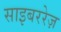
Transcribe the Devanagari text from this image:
साइबररेज़